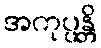
အကုပ္ပန္တိ